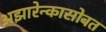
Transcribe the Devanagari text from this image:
अझारेन्कासोबत